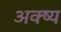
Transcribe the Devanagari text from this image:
अक्ष्य